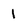
Character: 1